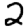
Digit: 2